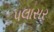
પલાસર